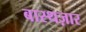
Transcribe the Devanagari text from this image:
बास्थज़ार